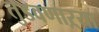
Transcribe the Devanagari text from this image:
तुडवणाऱ्या